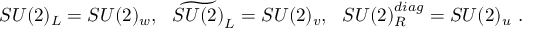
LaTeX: S U ( 2 ) _ { L } = S U ( 2 ) _ { w } , ~ ~ \widetilde { S U ( 2 ) } _ { L } = S U ( 2 ) _ { v } , ~ ~ S U ( 2 ) _ { R } ^ { d i a g } = S U ( 2 ) _ { u } \ .